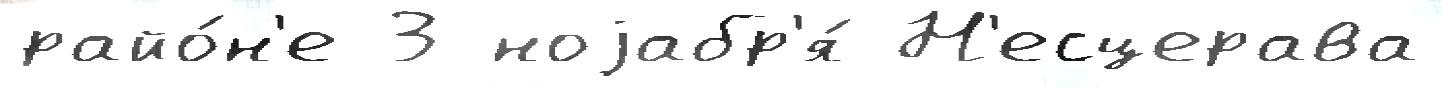
райо́н'е 3 ноjабр'я́ Н'есцерава